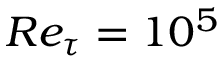
\boldsymbol { R e _ { \tau } = 1 0 ^ { 5 } }